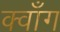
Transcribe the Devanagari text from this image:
क्वाँग